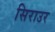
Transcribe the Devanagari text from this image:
सिराउर